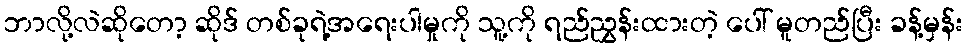
ဘာလို့လဲဆိုတော့ ဆိုဒ် တစ်ခုရဲ့အရေးပါမှုကို သူ့ကို ရည်ညွှန်းထားတဲ့ ပေါ် မူတည်ပြီး ခန့်မှန်း